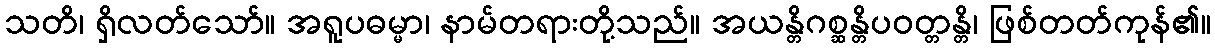
သတိ၊ ရှိလတ်သော်။ အရူပဓမ္မာ၊ နာမ်တရားတို့သည်။ အယန္တိဂစ္ဆန္တိပဝတ္တန္တိ၊ ဖြစ်တတ်ကုန်၏။